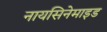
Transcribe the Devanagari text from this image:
नायसिनेमाइड